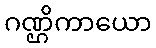
ဂဏ္ဌိကာယော